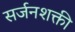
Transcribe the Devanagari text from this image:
सर्जनशक्ती